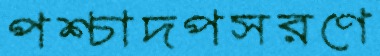
পশ্চাদপসরণে